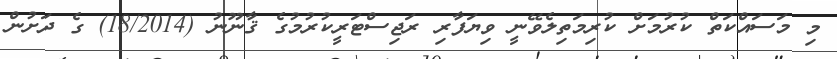
މި މަސައްކަތް ކުރުމަށް ކުރިމަތިލެވޭނީ ވިޔަފާރި ރަޖިސްޓަރީކުރުމުގެ ޤާނޫނު (18/2014) ގެ ދަށުން